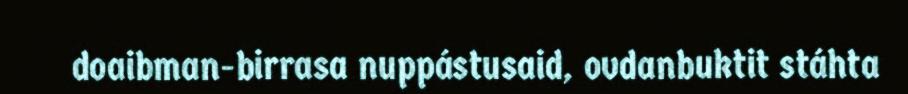
doaibman-birrasa nuppástusaid, ovdanbuktit stáhta